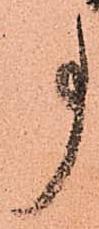
事